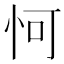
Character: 𪫧